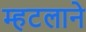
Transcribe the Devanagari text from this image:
म्हटलाने